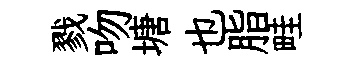
戮吻塘也脂畦